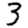
Digit: 3